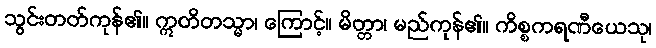
သွင်းတတ်ကုန်၏။ ဣတိတသ္မာ၊ ကြောင့်။ မိတ္တာ၊ မည်ကုန်၏။ ကိစ္စကရဏီယေသု၊